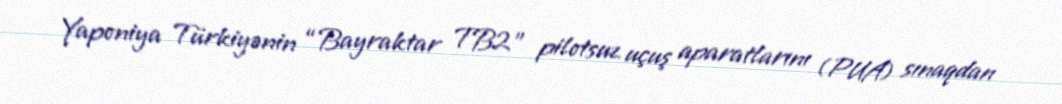
Yaponiya Türkiyənin “Bayraktar TB2” pilotsuz uçuş aparatlarını (PUA) sınaqdan